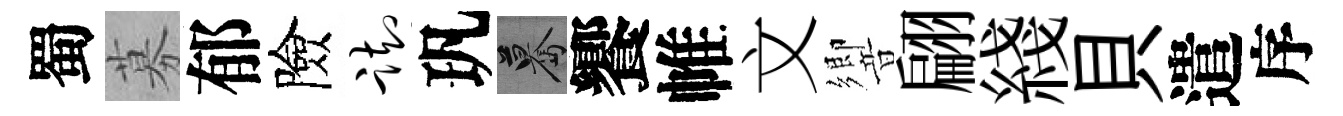
蜀募郁險踟㺬驀饗帷文響翩綫貝遣序